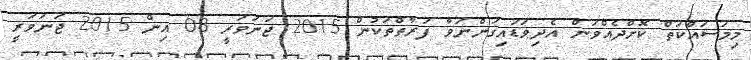
މިމަސައްކަތް ކޮށްދެއްވަން އެދިވަޑައިގަންނަވާ ފަރާތްތަކުން 2015 ޖަނަވަރީ 08 އިން 2015 ޖަނަވަރީ